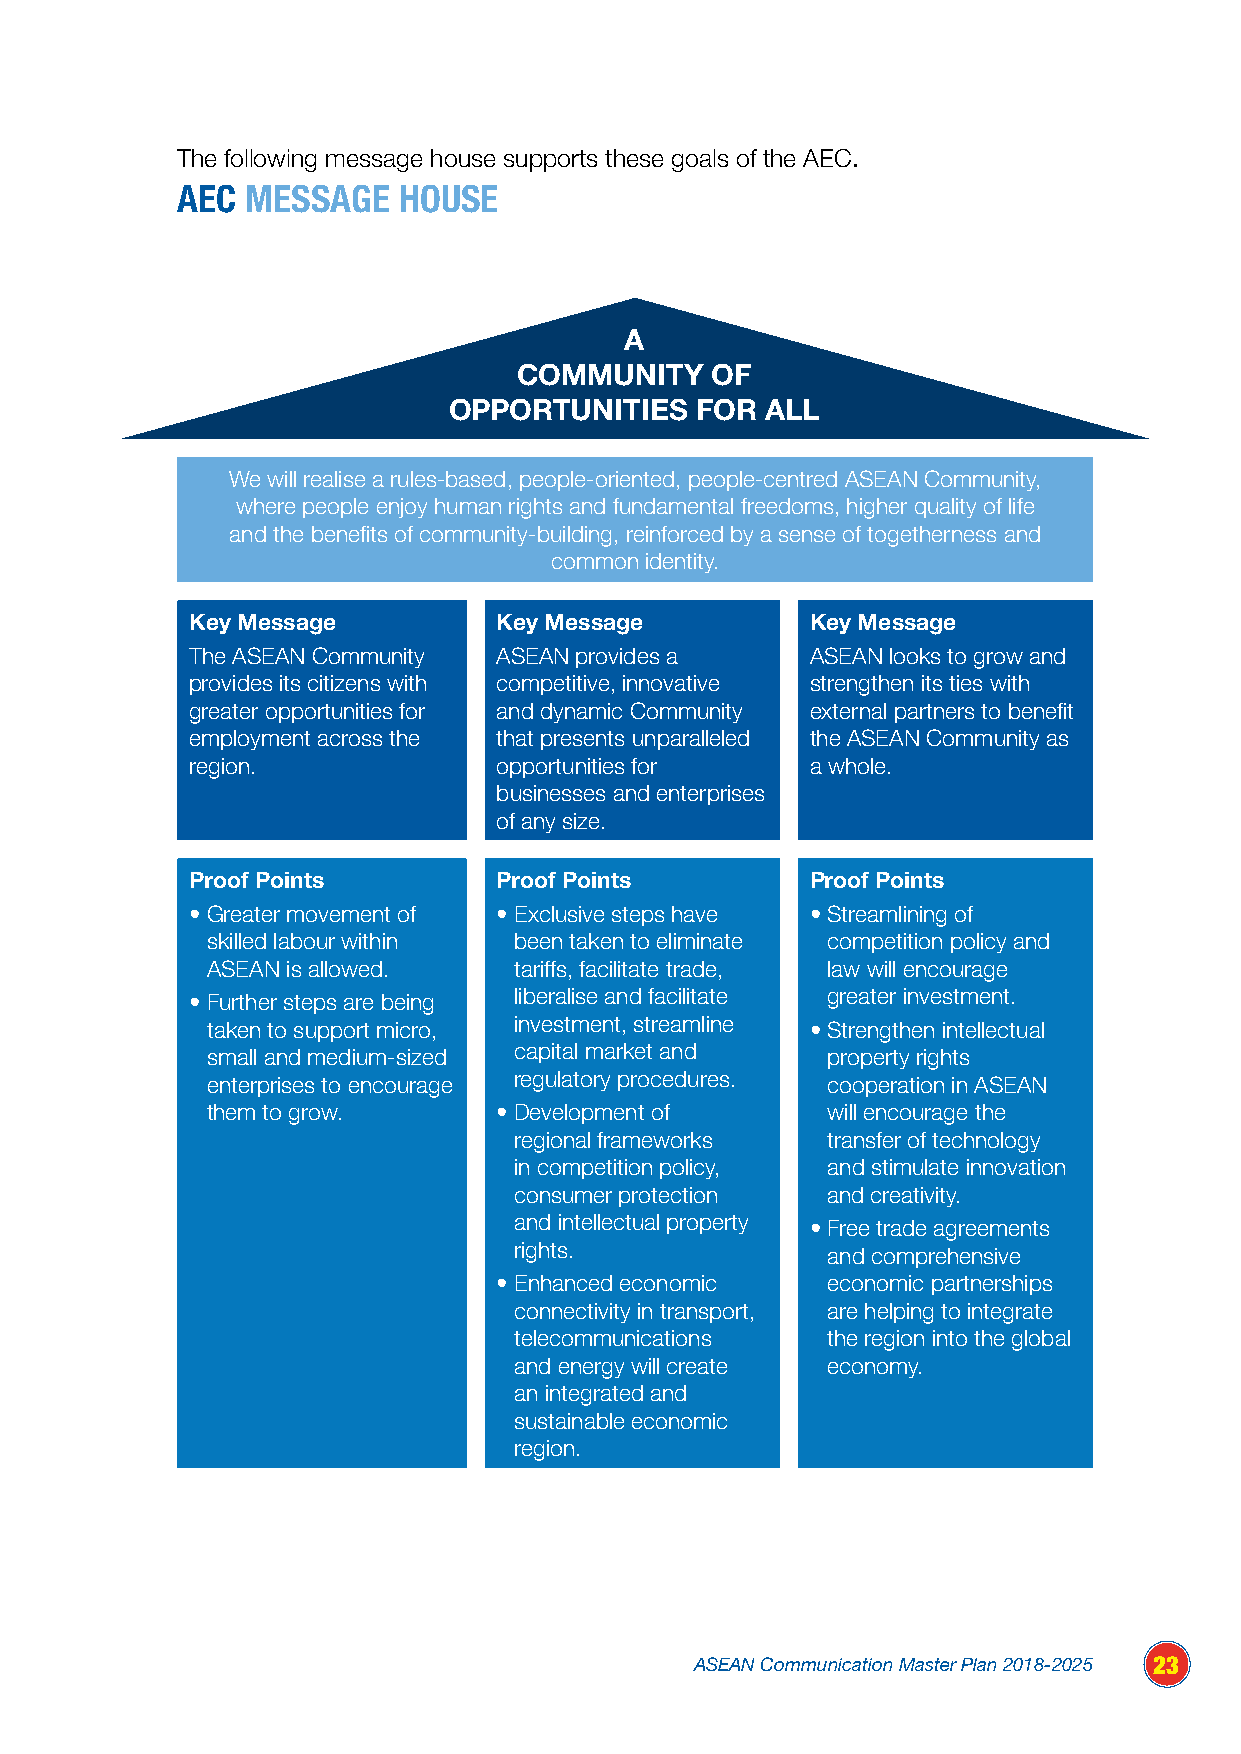
The following message house supports these goals of the AEC.
 AEC MESSAGE   HOUSE
 A
 COMMUNITY    OF
 OPPORTUNITIES   FOR  ALL
 We will realise a rules-based, people-oriented, people-centred ASEAN Community,
 where people enjoy human rights and fundamental freedoms, higher quality of life
 and the benefits of community-building, reinforced by a sense of togetherness and
 common identity.
 Key Message         Key Message          Key Message
 The ASEAN Community ASEAN provides a     ASEAN looks to grow and
 provides its citizens with competitive, innovative strengthen its ties with
 greater opportunities for and dynamic Community external partners to benefit
 employment across the that presents unparalleled the ASEAN Community as
 region.             opportunities for    a whole.
 businesses and enterprises
 of any size.
 Proof Points        Proof Points         Proof Points
 • Greater movement of • Exclusive steps have • Streamlining of
 skilled labour within been taken to eliminate competition policy and
 ASEAN is allowed.   tariffs, facilitate trade, law will encourage
 • Further steps are being liberalise and facilitate greater investment.
 taken to support micro, investment, streamline • Strengthen intellectual
 small and medium-sized capital market and property rights
 enterprises to encourage regulatory procedures. cooperation in ASEAN
 them to grow.      • Development of      will encourage the
 regional frameworks  transfer of technology
 in competition policy, and stimulate innovation
 consumer protection  and creativity.
 and intellectual property • Free trade agreements
 rights.              and comprehensive
 • Enhanced economic   economic partnerships
 connectivity in transport, are helping to integrate
 telecommunications   the region into the global
 and energy will create economy.
 an integrated and
 sustainable economic
 region.
 ASEAN Communication Master Plan 2018-2025 23